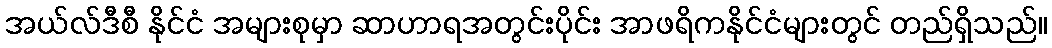
အယ်လ်ဒီစီ နိုင်ငံ အများစုမှာ ဆာဟာရအတွင်းပိုင်း အာဖရိကနိုင်ငံများတွင် တည်ရှိသည်။